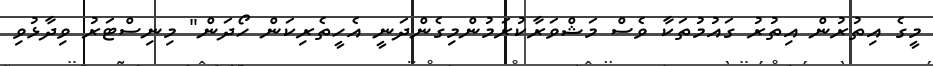
މީގެ އިތުރުން އިތުރު ގައުމުތަކާ ވެސް މަޝްވަރާކުރަމުންމިގެންދަނީ އެހީތެރިކަން ހޯދަން" މިނިސްޓަރު ވިދާޅުވި